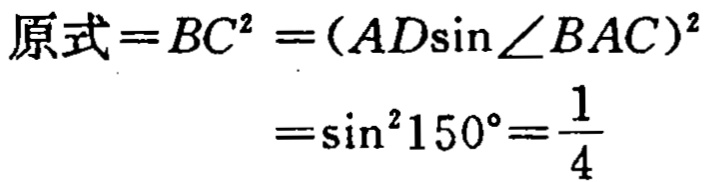
\[
\begin{align*}
原式 = BC^{2}&=(AD\sin\angle BAC)^{2}\\
&=\sin^{2}150^{\circ}=\frac{1}{4}
\end{align*}
\]